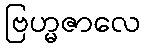
ဗြဟ္မဇာလေ